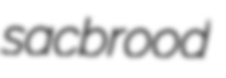
sacbrood